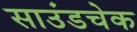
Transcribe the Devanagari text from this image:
साउंडचेक